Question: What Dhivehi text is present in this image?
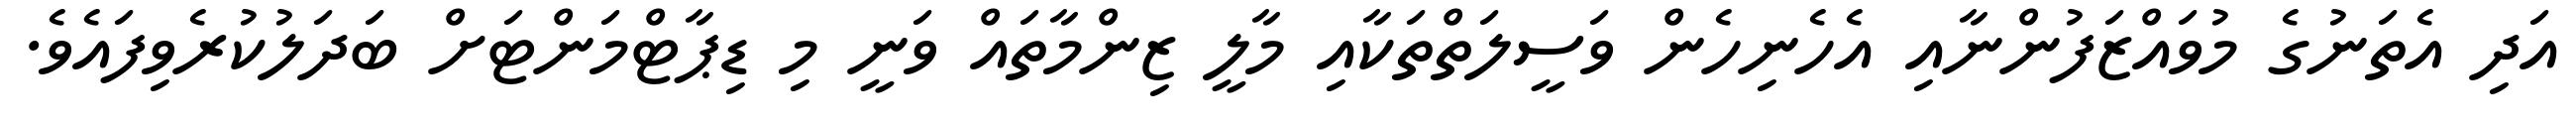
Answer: އަދި އެތަނުގެ މުވައްޒަފުންނާއި އެހެނިހެން ވަސީލަތްތަކާއި މާލީ ޒިންމާތައް ވަނީ މި ޑިޕާޓްމަންޓަށް ބަދަލުކުރެވިފައެވެ.